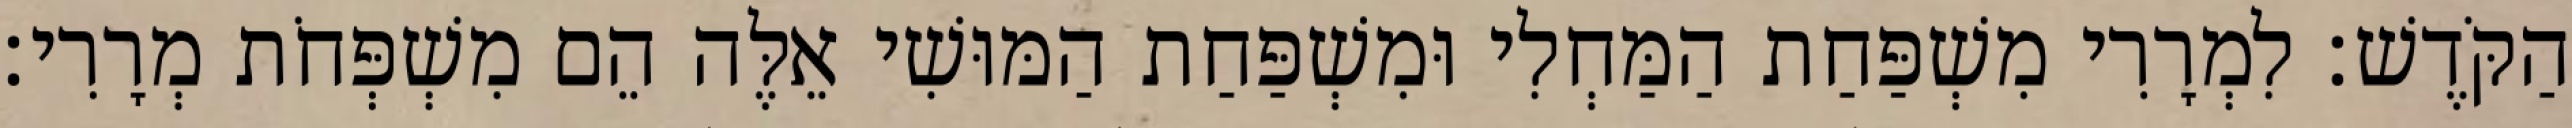
הַקֹּדֶשׁ׃ לִמְרָרִי מִשְׁפַּחַת הַמַּחְלִי וּמִשְׁפַּחַת הַמּוּשִׁי אֵלֶּה הֵם מִשְׁפְּחֹת מְרָרִי׃